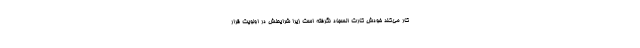
کار می‌کند خودش کارت السجاد نگرفته است زیرا شرایطش در اولویت قرار